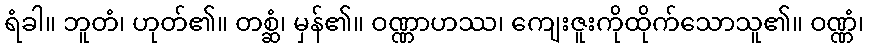
ရံခါ။ ဘူတံ၊ ဟုတ်၏။ တစ္ဆံ၊ မှန်၏။ ဝဏ္ဏာဟဿ၊ ကျေးဇူးကိုထိုက်သောသူ၏။ ဝဏ္ဏံ၊